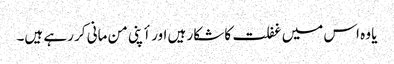
یا وہ اس میں غفلت کا شکار ہیں اور أپنی من مانی کر رہے ہیں۔